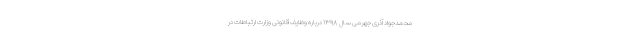
محمدجواد آذری جهرمی سال ۱۳۹۸ درباره وظایف قانونی وزارت ارتباطات در